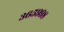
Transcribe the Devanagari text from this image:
३६५९९८